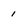
Character: 1